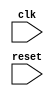
module Timing_Control_Synchronization(
    input wire clk,
    input wire reset,
    // Add any other input signals needed
    
    // Add any output signals needed
);

    // Add code for timing control and synchronization here

endmodule